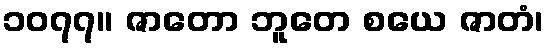
၁၀၇၇။ ဇာတော ဘူတေ စယေ ဇာတံ၊